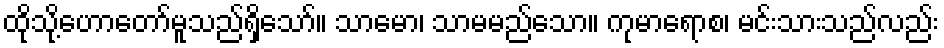
ထိုသို့ဟောတော်မူသည်ရှိသော်။ သာမော၊ သာမမည်သော။ ကုမာရောစ၊ မင်းသားသည်လည်း